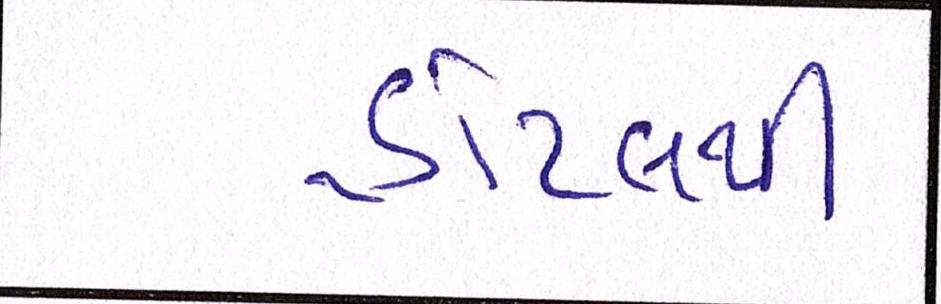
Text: હોટેલની